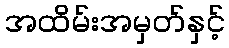
အထိမ်းအမှတ်နှင့်